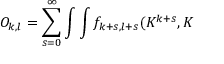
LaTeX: O _ { k , l } = \sum _ { s = 0 } ^ { \infty } \int \int f _ { k + s , l + s } ( { \cal K } ^ { k + s } , { \cal K }